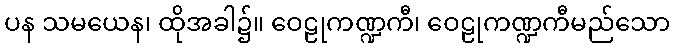
ပန သမယေန၊ ထိုအခါ၌။ ဝေဠုကဏ္ဍကီ၊ ဝေဠုကဏ္ဍကီမည်သော